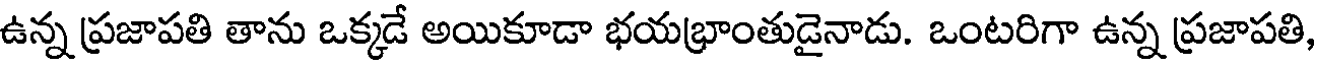
ఉన్న ప్రజాపతి తాను ఒక్కడే అయికూడా భయభ్రాంతుడైనాడు. ఒంటరిగా ఉన్న ప్రజాపతి,